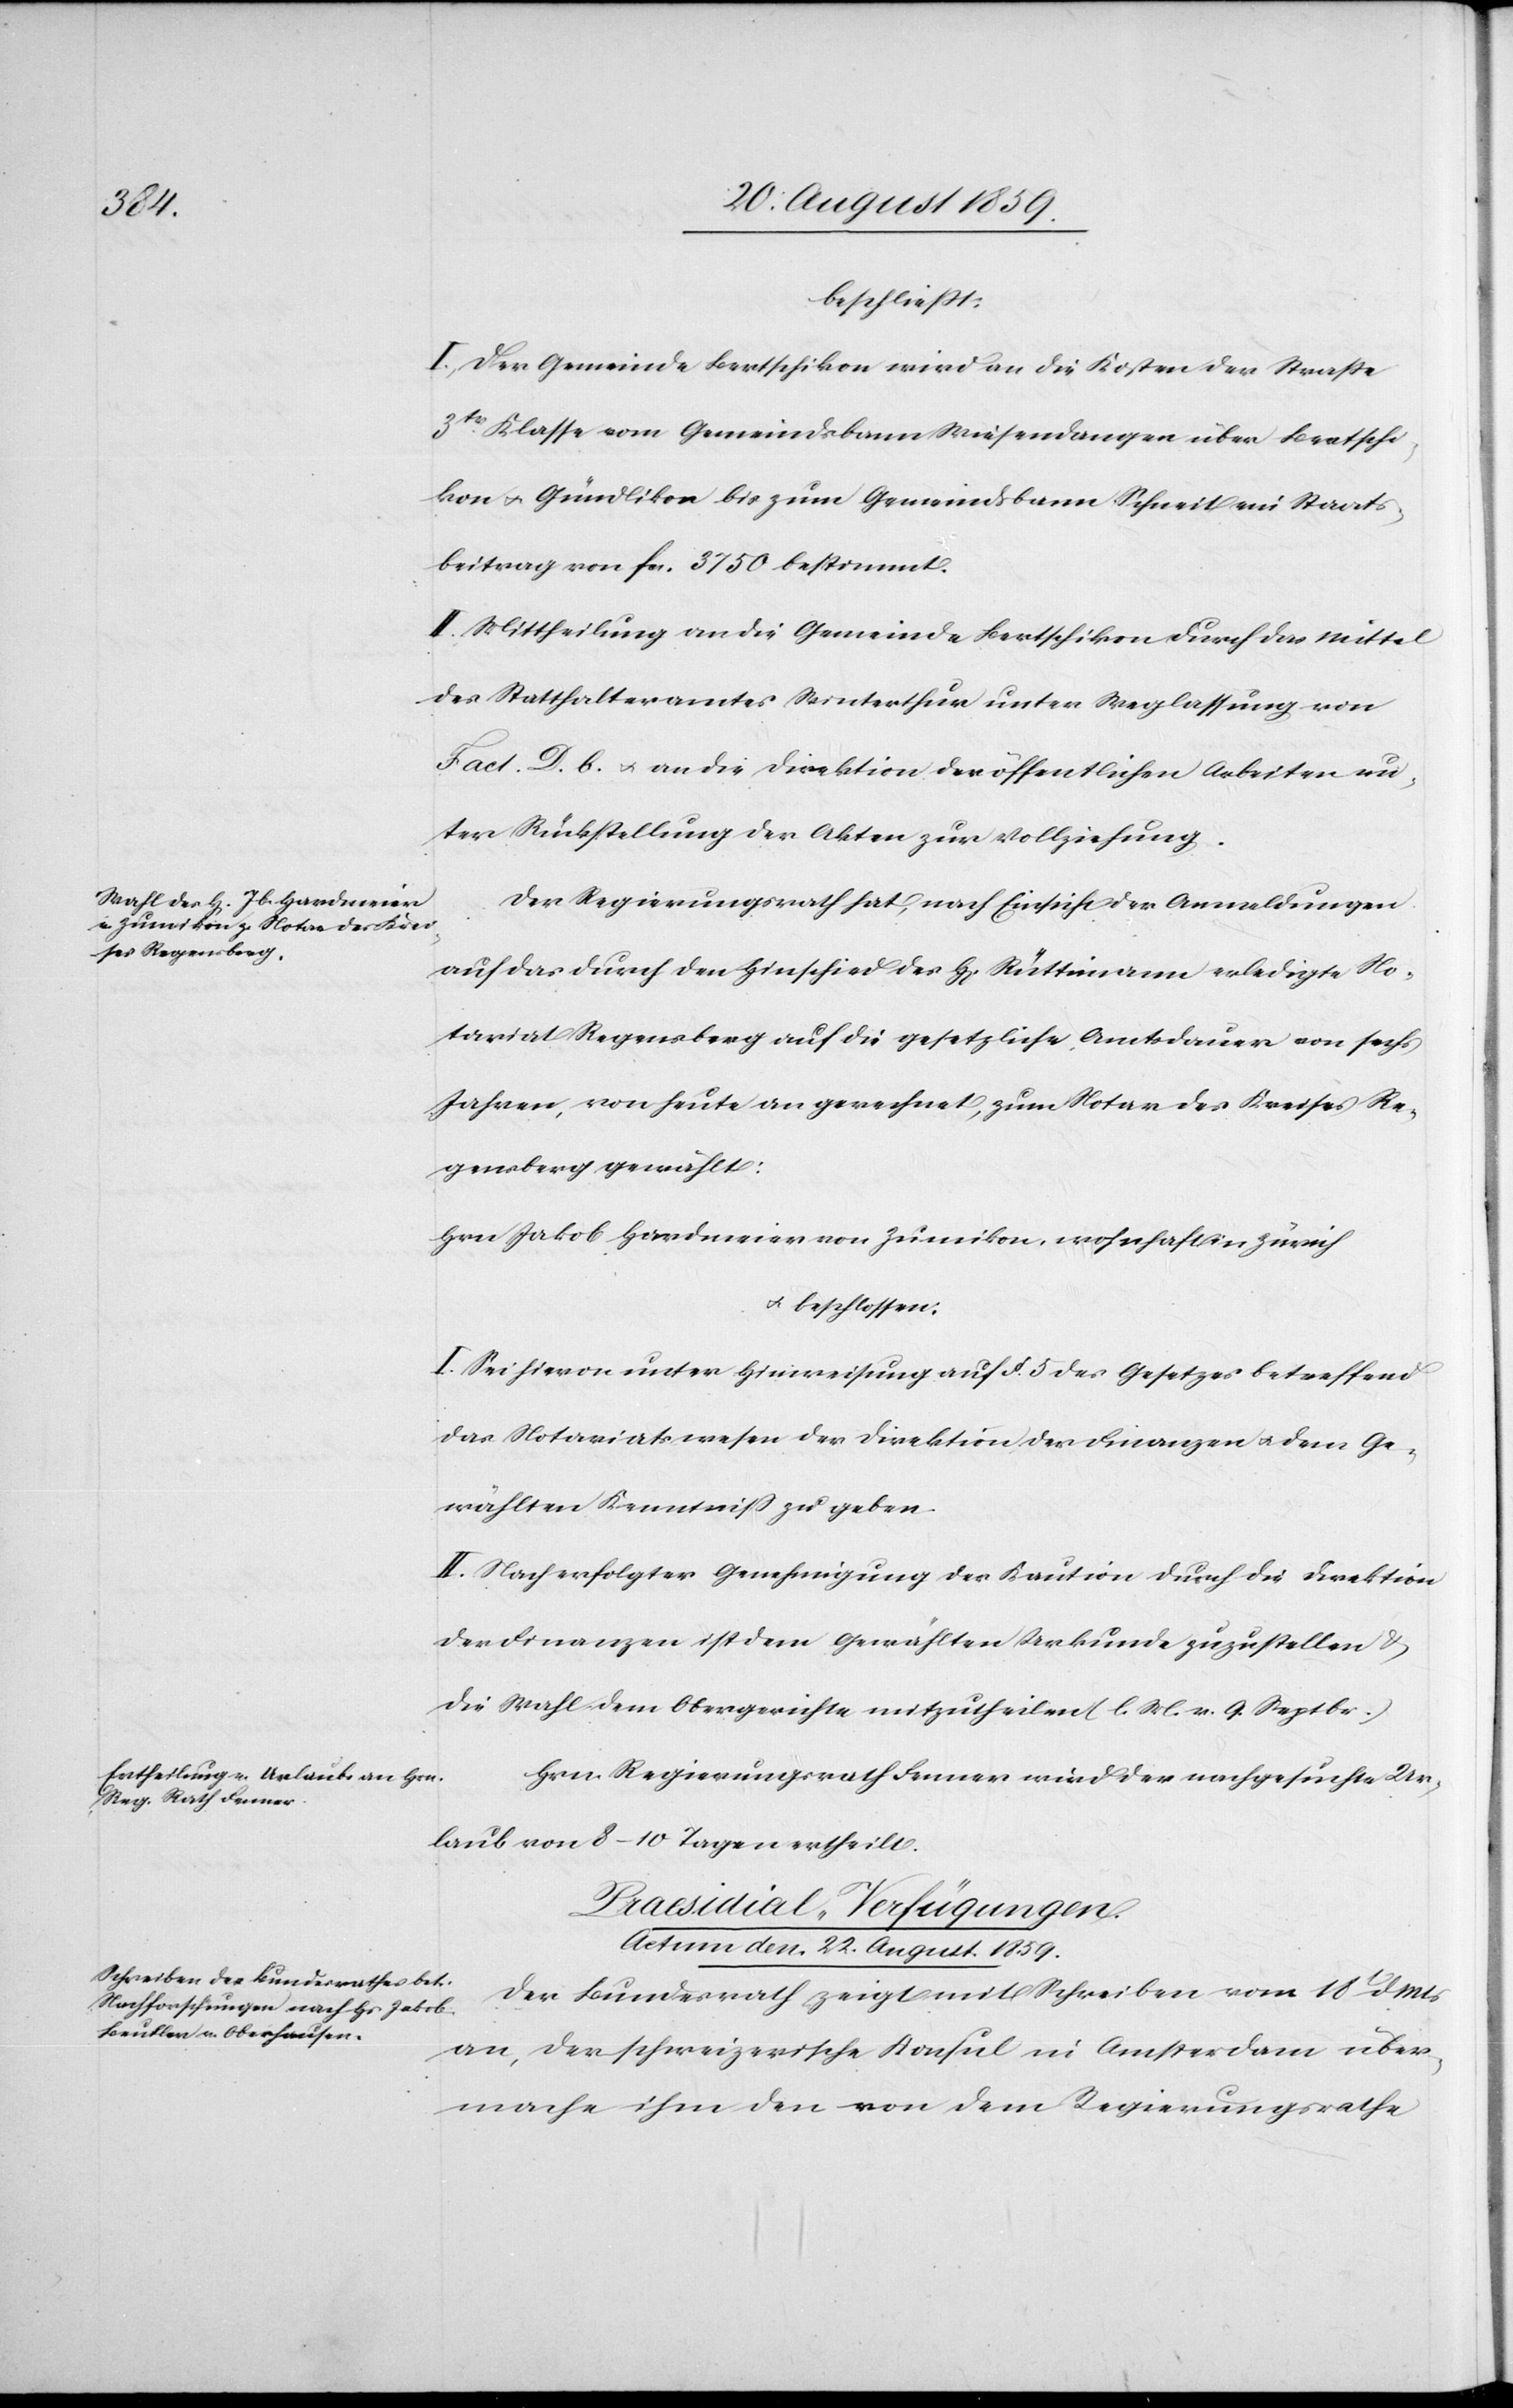
beschließt:
I. Der Gemeinde Bertschikon wird an die Kosten der Straße
3tr. Klasse vom Gemeindsbann Wiesendangen über Bertschi¬
kon & Gündlikon bis zum Gemeindsbann Schneit ein Staats¬
beitrag von fcs. 3750 bestimmt.
II. Mittheilung an die Gemeinde Bertschikon durch das Mittel
des Statthalteramtes Winterthur unter Weglassung von
Fact. D. b. & an die Direktion der öffentlichen Arbeiten un¬
ter Rückstellung der Akten zur Vollziehung.
Der Regierungsrath hat, nach Einsicht der Anmeldungen
auf das durch den Hinschied des H[errn] Rüttimann erledigte No¬
tariat Regensberg auf die gesetzliche Amtsdauer von sechs
Jahren, von heute an gerechnet, zum Notar des Kreises Re¬
gensberg gewählt:
Hrn. Jakob Hardmeier von Zumikon, wohnhaft in Zürich
& beschlossen:
I. Sei hievon unter Hinweisung auf § 5 des Gesetzes betreffend
das Notariatswesen der Direktion der Finanzen & dem Ge¬
wählten Kenntniß zu geben.
II. Nach erfolgter Genehmigung der Kaution durch die Direktion
der Finanzen ist dem Gewählten Urkunde zuzustellen &
die Wahl dem Obergerichte mitzutheilen (l. M. v. 9. Septbr.).
Hrn. Regierungsrath Fenner wird der nachgesuchte Ur¬
laub von 8–10 Tagen ertheilt.
Praesidial-Verfügungen.
Actum den 22. August 1859.
Der Bundesrath zeigt mit Schreiben vom 18t. d. Mts.
an, der schweizerische Konsul in Amsterdam über¬
mache ihm den von dem Regierungsrathe